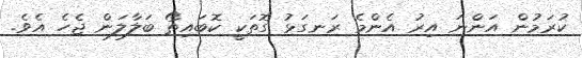
ކުރަމުން އަންނަ އިރު އެންމެ ރަނގަޅު ގޮތަކީ ކޮބައިތޯ ބަލާލަން ޖެހެ އެވެ.